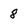
Character: 8